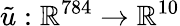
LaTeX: \tilde{u}:\mathbb{R}^{784}\to\mathbb{R}^{10}